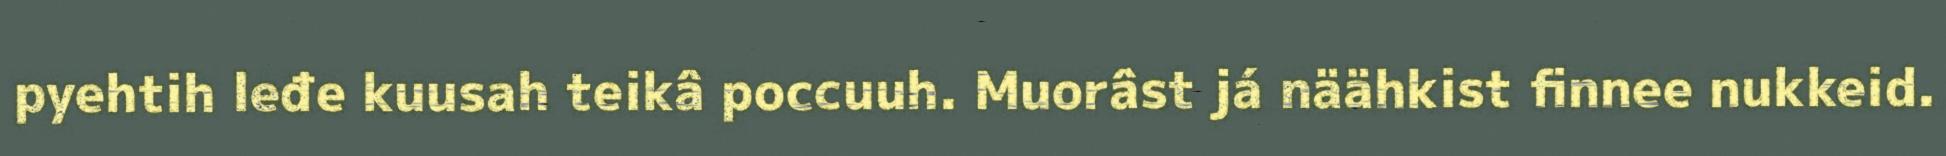
pyehtih leđe kuusah teikâ poccuuh. Muorâst já näähkist finnee nukkeid.